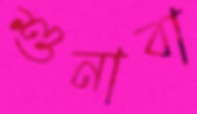
শুনাবা